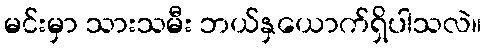
မင်းမှာ သားသမီး ဘယ်နှယောက်ရှိပါသလဲ။